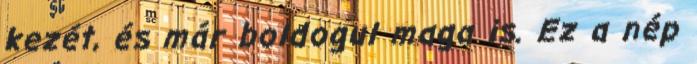
kezét, és már boldogul maga is. Ez a nép